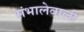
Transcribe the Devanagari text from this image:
संभालेवाली